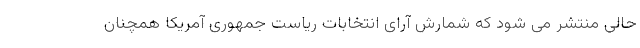
حالی منتشر می شود که شمارش آرای انتخابات ریاست جمهوری آمریکا همچنان